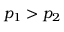
p _ { 1 } > p _ { 2 }